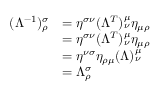
\begin{array} { r l } { ( \Lambda ^ { - 1 } ) ^ { \sigma } _ { \rho } } & { = \eta ^ { \sigma \nu } ( \Lambda ^ { T } ) _ { \nu } ^ { \mu } \eta _ { \mu \rho } } \\ & { = \eta ^ { \sigma \nu } ( \Lambda ^ { T } ) _ { \nu } ^ { \mu } \eta _ { \mu \rho } } \\ & { = \eta ^ { \nu \sigma } \eta _ { \rho \mu } ( \Lambda ) ^ { \mu } _ { \nu } } \\ & { = \Lambda _ { \rho } ^ { \sigma } } \end{array}